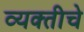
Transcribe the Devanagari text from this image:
व्यक्‍तीचे